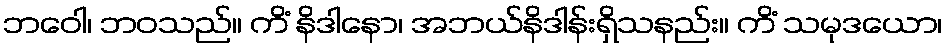
ဘဝေါ၊ ဘဝသည်။ ကိံ နိဒါနော၊ အဘယ်နိဒါန်းရှိသနည်း။ ကိံ သမုဒယော၊